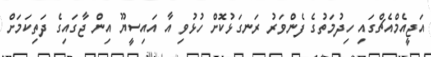
އަޖީއެމްއެޗްގައި ހިދުމަތުގެ ފެންވަރު ރަނގަޅުކޮށް ހުޅުވި އާ އައިސީޔޫ އިން ޖާގައިގެ ދަތިކަމަށް